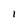
Character: I